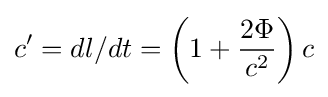
c'={dl/dt}=\left(1+{2\Phi  \over c^{2}}\right)c